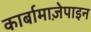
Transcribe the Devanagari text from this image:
कार्बामाज़ेपाइन